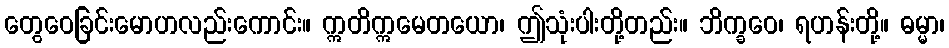
တွေဝေခြင်းမောဟလည်းကောင်း။ ဣတိဣမေတယော၊ ဤသုံးပါးတို့တည်း။ ဘိက္ခဝေ၊ ရဟန်းတို့။ ဓမ္မာ၊